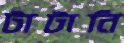
টাটানি